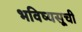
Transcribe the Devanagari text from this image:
भविष्यसूची